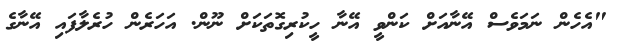
"އެހެން ނަމަވެސް އޭނާއަށް ކަންވީ އޭނާ ހީކުރިގޮތަކަށް ނޫން. އަހަރެން ހުރެލާފައި އޭނާގެ